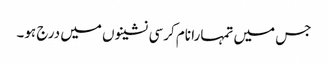
جس میں تمہارا نام کرسی نشینوں میں درج ہو۔